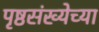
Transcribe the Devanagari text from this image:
पृष्ठसंख्येच्या